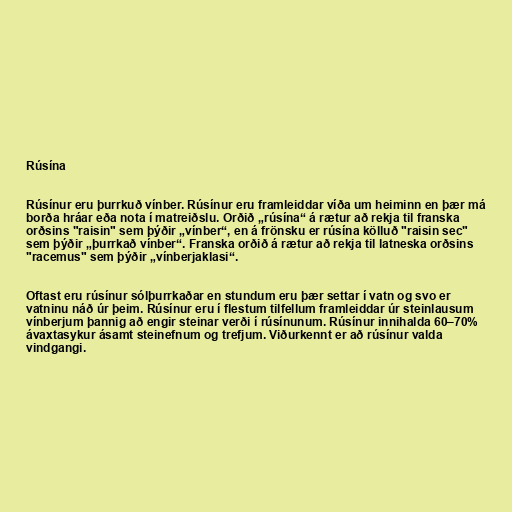
Rúsína

Rúsínur eru þurrkuð vínber. Rúsínur eru framleiddar víða um heiminn en þær má
borða hráar eða nota í matreiðslu. Orðið „rúsína“ á rætur að rekja til franska
orðsins "raisin" sem þýðir „vínber“, en á frönsku er rúsína kölluð "raisin sec"
sem þýðir „þurrkað vínber“. Franska orðið á rætur að rekja til latneska orðsins
"racemus" sem þýðir „vínberjaklasi“.

Oftast eru rúsínur sólþurrkaðar en stundum eru þær settar í vatn og svo er
vatninu náð úr þeim. Rúsínur eru í flestum tilfellum framleiddar úr steinlausum
vínberjum þannig að engir steinar verði í rúsínunum. Rúsínur innihalda 60–70%
ávaxtasykur ásamt steinefnum og trefjum. Viðurkennt er að rúsínur valda
vindgangi.